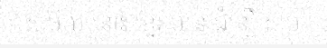
សម័យ នោះ ខ្មែរ មាន ជំនឿ ស៊ប់